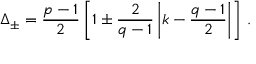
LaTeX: \Delta _ { \pm } = { \frac { p - 1 } { 2 } } \left[ 1 \pm { \frac { 2 } { q - 1 } } \left| k - { \frac { q - 1 } { 2 } } \right| \right] \, .